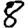
Digit: 8